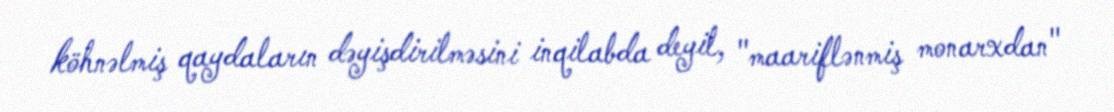
köhnəlmiş qaydaların dəyişdirilməsini inqilabda deyil, "maariflənmiş monarxdan"